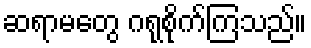
ဆရာမတွေ ဂရုစိုက်ကြသည်။